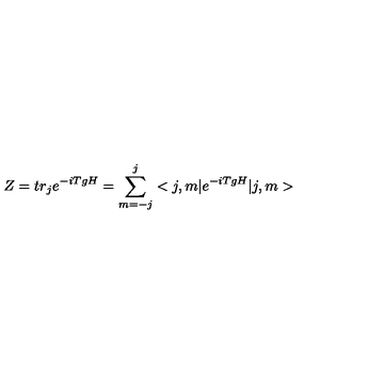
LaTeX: Z = t r _ { j } e ^ { - i T g H } = \sum _ { m = - j } ^ { j } < j , m | e ^ { - i T g H } | j , m >